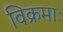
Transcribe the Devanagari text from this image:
विक्रमाः